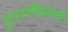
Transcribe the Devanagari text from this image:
पुरानीअपनी